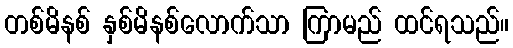
တစ်မိနစ် နှစ်မိနစ်လောက်သာ ကြာမည် ထင်ရသည်။